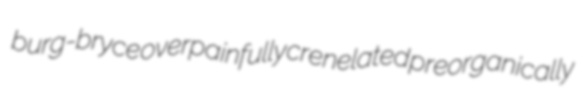
burg-bryce overpainfully crenelated preorganically